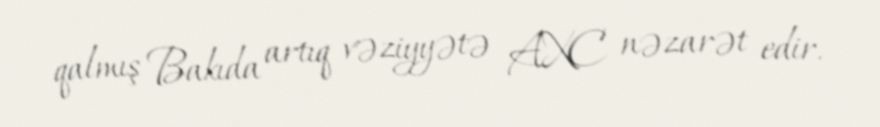
qalmış Bakıda artıq vəziyyətə AXC nəzarət edir.